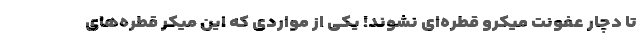
تا دچار عفونت میکرو قطره‌ای نشوند! یکی از مواردی که این میکر قطره‌های